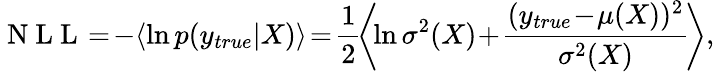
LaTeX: \mathrm{~N~L~L~}\! =\! -\! \left\langle\ln p(y_{true}|X)\right\rangle\! =\! \frac{1}{2}\! \left\langle\! \ln\sigma^{2}(X)\! +\! \frac{(y_{true}\! -\! \mu(X))^{2}}{\sigma^{2}(X)}\! \right\rangle,